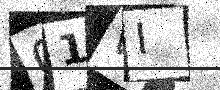
Text: 01WI